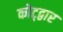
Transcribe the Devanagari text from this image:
कोट्द्वार